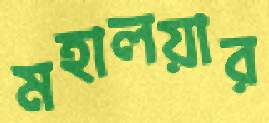
মহালয়ার